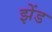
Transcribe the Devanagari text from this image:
झेंड